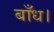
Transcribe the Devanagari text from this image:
बाँध।